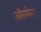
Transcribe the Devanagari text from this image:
ऑसमेस्ट